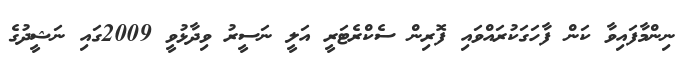
ނިންމާފައިވާ ކަން ފާހަގަކުރައްވައި ފޮރިން ސެކްރެޓަރީ އަލީ ނަސީރު ވިދާޅުވީ 2009ގައި ނަޝީދުގެ